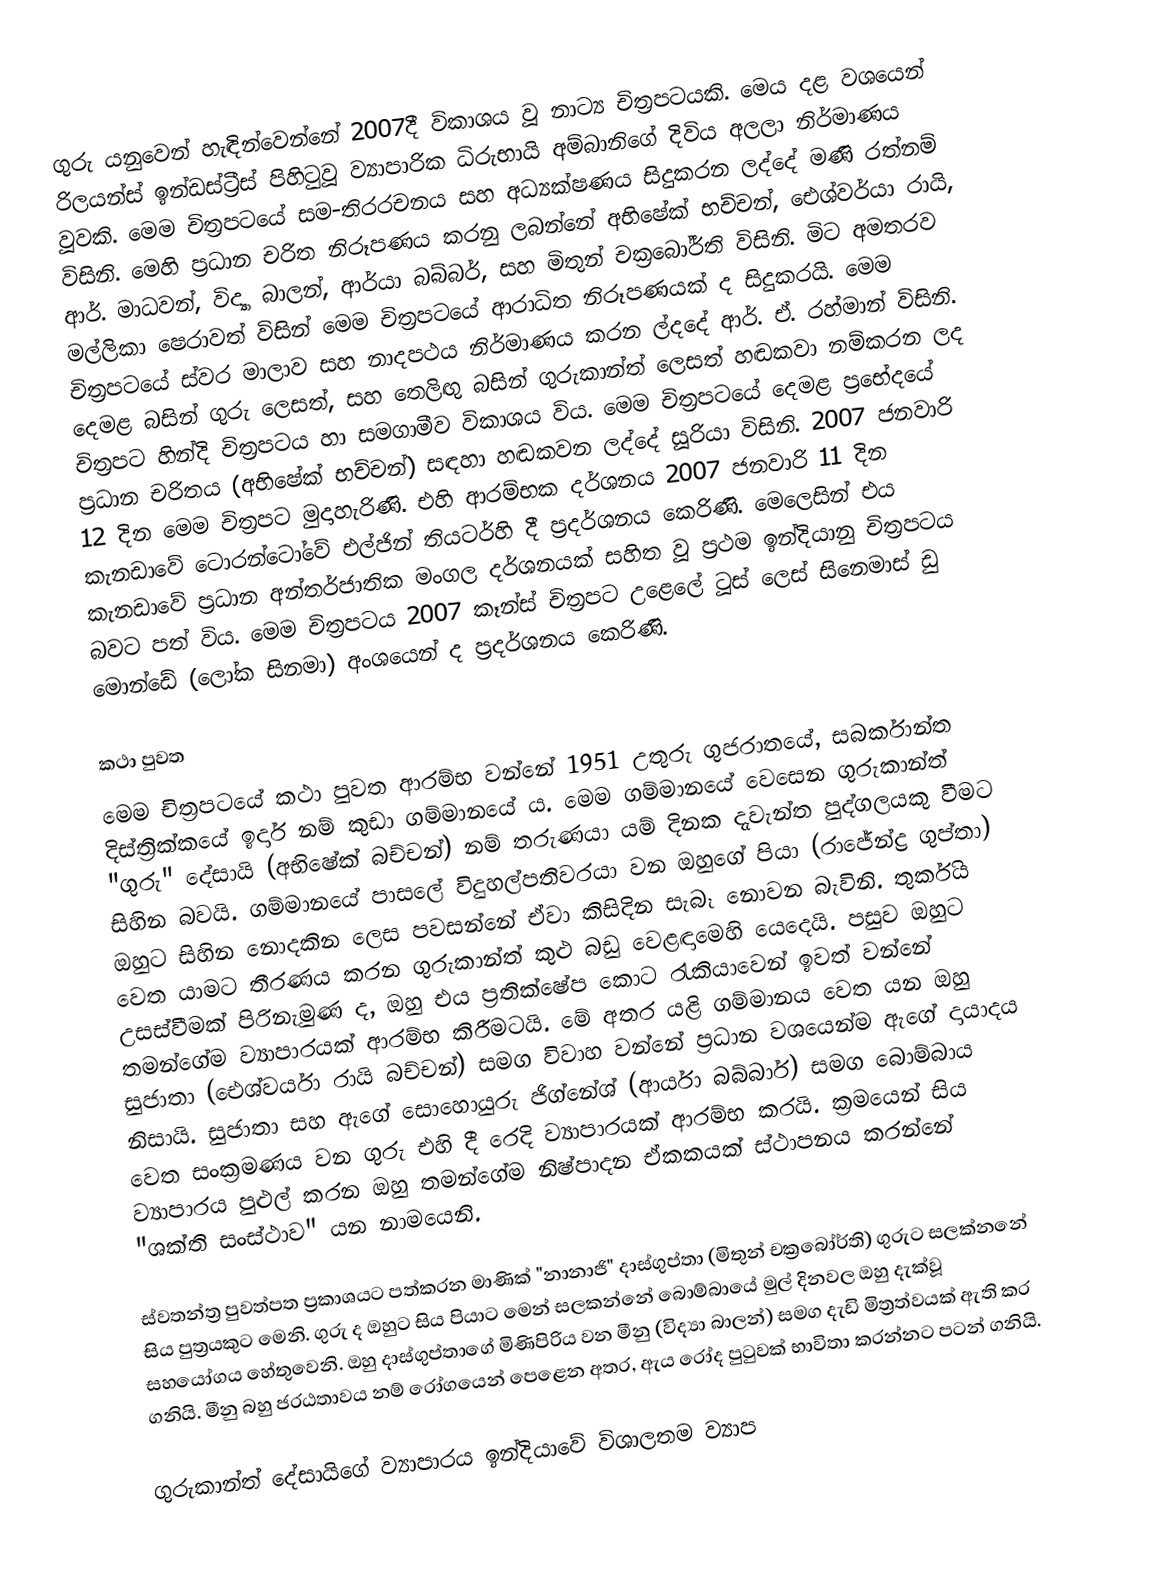
ගුරු යනුවෙන් හැඳින්වෙන්නේ 2007දී විකාශය වූ නාට්‍ය චිත්‍රපටයකි. මෙය දළ වශයෙන් රිලයන්ස් ඉන්ඩස්ට්‍රීස් පිහිටුවූ ව්‍යාපාරික ධිරුභායි අම්බානිගේ දිවිය අලලා නිර්මාණය වූවකි. මෙම චිත්‍රපටයේ සම-තිරරචනය සහ අධ්‍යක්ෂණය සිදුකරන ලද්දේ මණි රත්නම් විසිනි. මෙහි ප්‍රධාන චරිත නිරූපණය කරනු ලබන්නේ අභිෂේක් භච්චන්, ඓශ්වර්යා රායි, ආර්. මාධවන්, විද්‍යා බාලන්, ආර්යා බබ්බර්, සහ මිතුන් චක්‍රබෝර්ති විසිනි. මිට අමතරව මල්ලිකා ෂෙරාවත් විසින් මෙම චිත්‍රපටයේ ආරාධිත නිරූපණයක් ද සිදුකරයි. මෙම චිත්‍රපටයේ ස්වර මාලාව සහ නාදපථය නිර්මාණය කරන ල්දදේ ආර්. ඒ. රහ්මාන් විසිනි. දෙමළ බසින් ගුරු ලෙසත්, සහ තෙලිඟු බසින් ගුරුකාන්ත් ලෙසත් හඬකවා නම්කරන ලද චිත්‍රපට හින්දි චිත්‍රපටය හා සමගාමීව විකාශය විය. මෙම චිත්‍රපටයේ දෙමළ ප්‍රභේදයේ ප්‍රධාන චරිතය (අභිෂේක් භච්චන්) සඳහා හඬකවන ලද්දේ සූරියා විසිනි. 2007 ජනවාරි 12 දින මෙම චිත්‍රපට මුදාහැරිණි. එහි ආරම්භක දර්ශනය 2007 ජනවාරි 11 දින කැනඩාවේ ටොරන්ටෝවේ එල්ජින් තියටර්හි දී ප්‍රදර්ශනය කෙරිණි. මෙලෙසින් එය කැනඩාවේ ප්‍රධාන අන්තර්ජාතික මංගල දර්ශනයක් සහිත වූ ප්‍රථම ඉන්දියානු චිත්‍රපටය බවට පත් විය. මෙම චිත්‍රපටය 2007 කෑන්ස් චිත්‍රපට උළෙලේ ටූස් ලෙස් සිනෙමාස් ඩු මොන්ඩේ (ලෝක සිනමා) අංශයෙන් ද ප්‍රදර්ශනය කෙරිණි.

කථා පුවත
මෙම චිත්‍රපටයේ කථා පුවත ආරම්භ වන්නේ 1951 උතුරු ගුජරාතයේ, සබර්කාන්ත දිස්ත්‍රික්කයේ ඉදාර් නම් කුඩා ගම්මානයේ ය. මෙම ගම්මානයේ වෙසෙන ගුරුකාන්ත් "ගුරු" දේසායි (අභිෂේක් බච්චන්) නම් තරුණයා යම් දිනක දැවැන්ත පුද්ගලයකු වීමට සිහින බවයි. ගම්මානයේ පාසලේ විදුහල්පතිවරයා වන ඔහුගේ පියා (රාජේන්ද්‍ර ගුප්තා) ඔහුට සිහින නොදකින ලෙස පවසන්නේ ඒවා කිසිදින සැබෑ නොවන බැවිනි. තුර්කිය වෙත යාමට තීරණය කරන ගුරුකාන්ත් කුළු බඩු වෙළඳාමෙහි යෙදෙයි. පසුව ඔහුට උසස්වීමක් පිරිනැමුණ ද, ඔහු එය ප්‍රතික්ෂේප කොට රැකියාවෙන් ඉවත් වන්නේ තමන්ගේම ව්‍යාපාරයක් ආරම්භ කිරීමටයි. මේ අතර යළි ගම්මානය වෙත යන ඔහු සුජාතා (ඓශ්වර්යා රායි බච්චන්) සමග විවාහ වන්නේ ප්‍රධාන වශයෙන්ම ඇගේ දායාදය නිසායි. සුජාතා සහ ඇගේ සොහොයුරු ජිග්නේශ් (ආර්යා බබ්බාර්) සමග බොම්බාය වෙත සංක්‍රමණය වන ගුරු එහි දී රෙදි ව්‍යාපාරයක් ආරම්භ කරයි. ක්‍රමයෙන් සිය ව්‍යාපාරය පුළුල් කරන ඔහු තමන්ගේම නිෂ්පාදන ඒකකයක් ස්ථාපනය කරන්නේ "ශක්ති සංස්ථාව" යන නාමයෙනි.

ස්වතන්ත්‍ර පුවත්පත ප්‍රකාශයට පත්කරන මාණික් "නානාජි" දාස්ගුප්තා (මිතුන් චක්‍රබෝර්ති) ගුරුට සලක්නනේ සිය පුත්‍රයකුට මෙනි. ගුරු ද ඔහුට සිය පියාට මෙන් සලකන්නේ බොම්බායේ මුල් දිනවල ඔහු දැක්වූ සහයෝගය හේතුවෙනි. ඔහු දාස්ගුප්තාගේ මිණිපිරිය වන මීනු (විද්‍යා බාලන්) සමග දැඩි මිත්‍රත්වයක් ඇති කර ගනියි. මීනු බහු ජරඨතාවය නම් රෝගයෙන් පෙළෙන අතර, ඇය රෝද පුටුවක් භාවිතා කරන්නට පටන් ගනියි.

ගුරුකාන්ත් දේසායිගේ ව්‍යාපාරය ඉන්දියාවේ විශාලතම ව්‍යාප